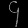
Digit: ၄